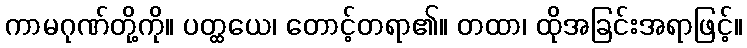
ကာမဂုဏ်တို့ကို။ ပတ္ထယေ၊ တောင့်တရာ၏။ တထာ၊ ထိုအခြင်းအရာဖြင့်။